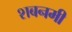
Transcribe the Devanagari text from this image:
शबनमी